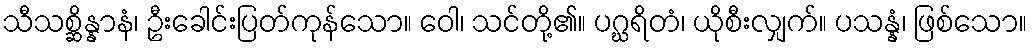
သီသစ္ဆိန္နာနံ၊ ဦးခေါင်းပြတ်ကုန်သော။ ဝေါ၊ သင်တို့၏။ ပဂ္ဃရိတံ၊ ယိုစီးလျှက်။ ပသန္နံ၊ ဖြစ်သော။